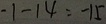
- 1 - 1 4 = - 1 5